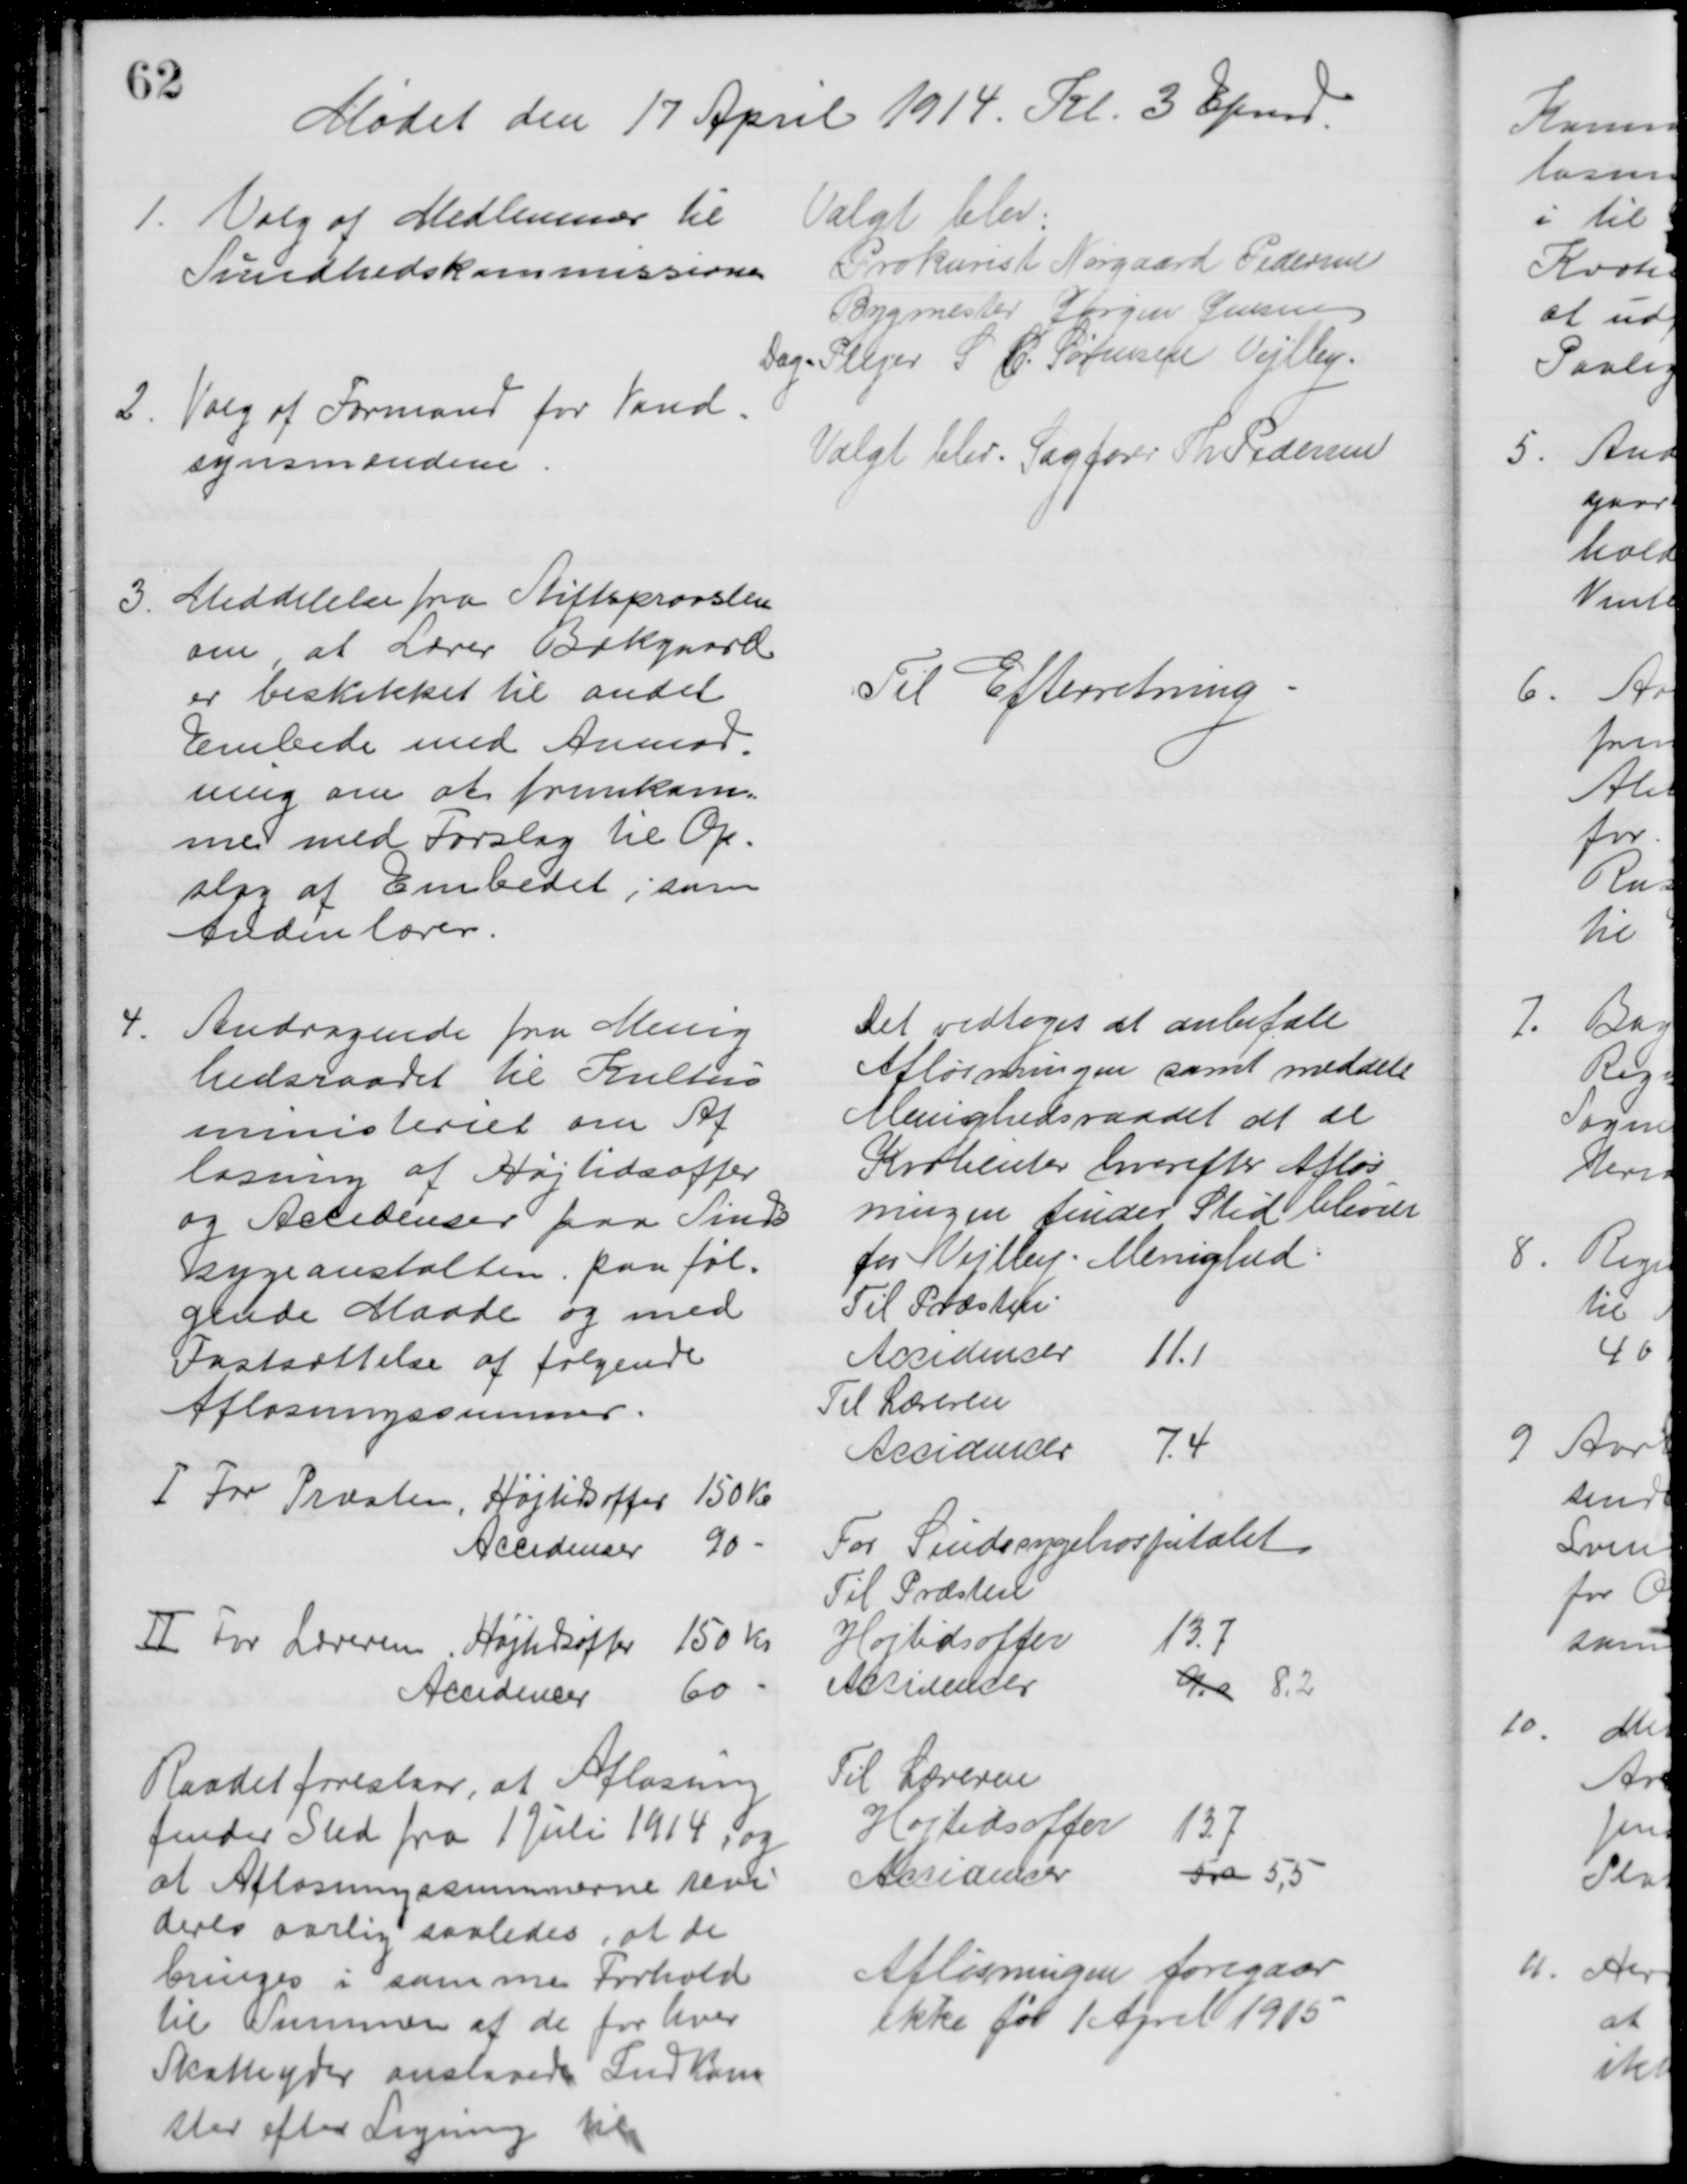
Transskription:
Mødet den 17 April 1914. Kl. 3 Efmd.
1. Valg af Medlemmer til 
Sundhedskommissionen 
Valgt blev:
Prokurist Nørgaard Pedersen
Bygmester Jørgen Jensen
Dag-Plejer S. C. Sørensen Vejlby.
2. Valg af Formand for Vand=
synsmændene.
Valgt blev. Sagfører Th. Pedersen
3.
Meddelelse fra Stiftsprovsten
om, at Lærer Bækgaard
er beskikket til andet
Embede med Anmod=
ning om at fremkom=
me med Forslag til Op=
slag af Embedet; som
Andenlærer.
Til Efterretning
4.
Andragende fra Menig
hedsraadet til Kultus
ministeriet om Af
løsning af Højtidsoffer
og Accidenser paa Sinds
sygeanstalten paa føl=
gende Maade og med
Fastsættelse af følgende
Afløsningssummer.
I For Præsten, Højtidsoffer 150 Kr.
Accidenser 90 
II For Læreren, Højtidsoffer 150 Kr.
Accidencer 60
Raadet foreslaar, at Afløsning
finder Sted fra 1 Juli 1914, og
at Afløsningssummerne revi
deres aarlig saaledes, at de
bringes i samme Forhold
til Summen af de for hver
Skatteyder anslaaede Indkom
ster efter Ligning til
Det vedtoges at anbefale
Afløsningen samt meddele
Menighedsraadet at de
Kvotienter hvorefter Afløs
ningen finder Sted bliver
for Vejlby. Menighed:
Til Præsten
Accidencer
11.1
Til Læreren
Accidencer
7.4
For Sindssygehospitalet
Til Præsten
Højtidsoffer
13.7
Accidencer
9,0 8,2
Til Læreren
Højtidsoffer
13.7
Accidencer
5,0 5,5
Afløsningen foregaar
ikke før 1 April 1915